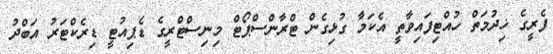
ފެރީގެ ޚިދުމަތް ހުއްޓިފައިވާތީ އެކަމާ ގުޅިގެން ޓްރާންސްޕޯޓް މިނިސްޓްރީގެ ޑެޕިއުޓީ ޑިރެކްޓަރު އަބްދު